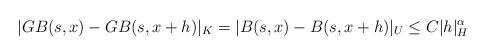
LaTeX: \begin{gather*} |G B(s, x) - G B(s, x+h ) |_K = | B(s, x) - B(s, x+ h) |_U \le C |h|_H^{\alpha} \end{gather*}